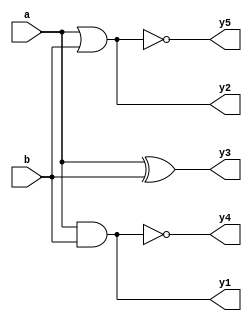
module BitwiseOperator (input [3:0] a, b, output  [3:0] y1, y2 , y3 , y4 , y5);
  
  assign y1 = a & b ;
  assign y2 = a | b ;
  assign y3 = a ^ b ;
  assign y4 = ~ ( a & b ) ;
  assign y5 = ~ ( a | b) ;
  
endmodule